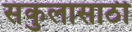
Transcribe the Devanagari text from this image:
संकुलासाठी